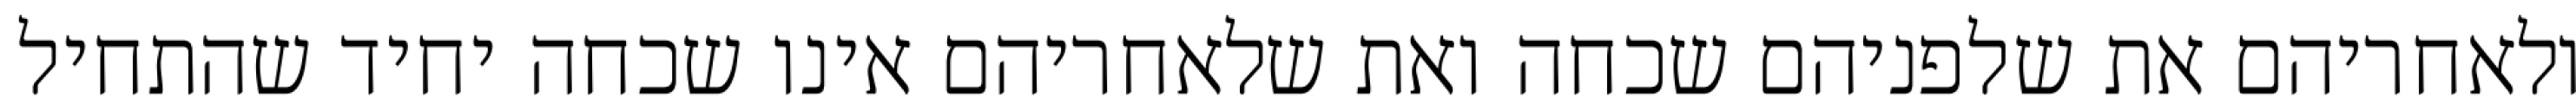
ולאחריהם את שלפניהם שכחה ואת שלאחריהם אינו שכחה יחיד שהתחיל